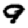
Digit: 9